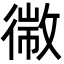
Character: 幑